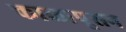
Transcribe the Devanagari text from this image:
काळापूसन